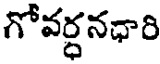
గోవర్ధనధారి